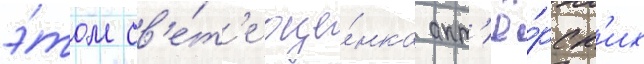
э́том св'е́т'е оце́нка акт'ё́рск'их